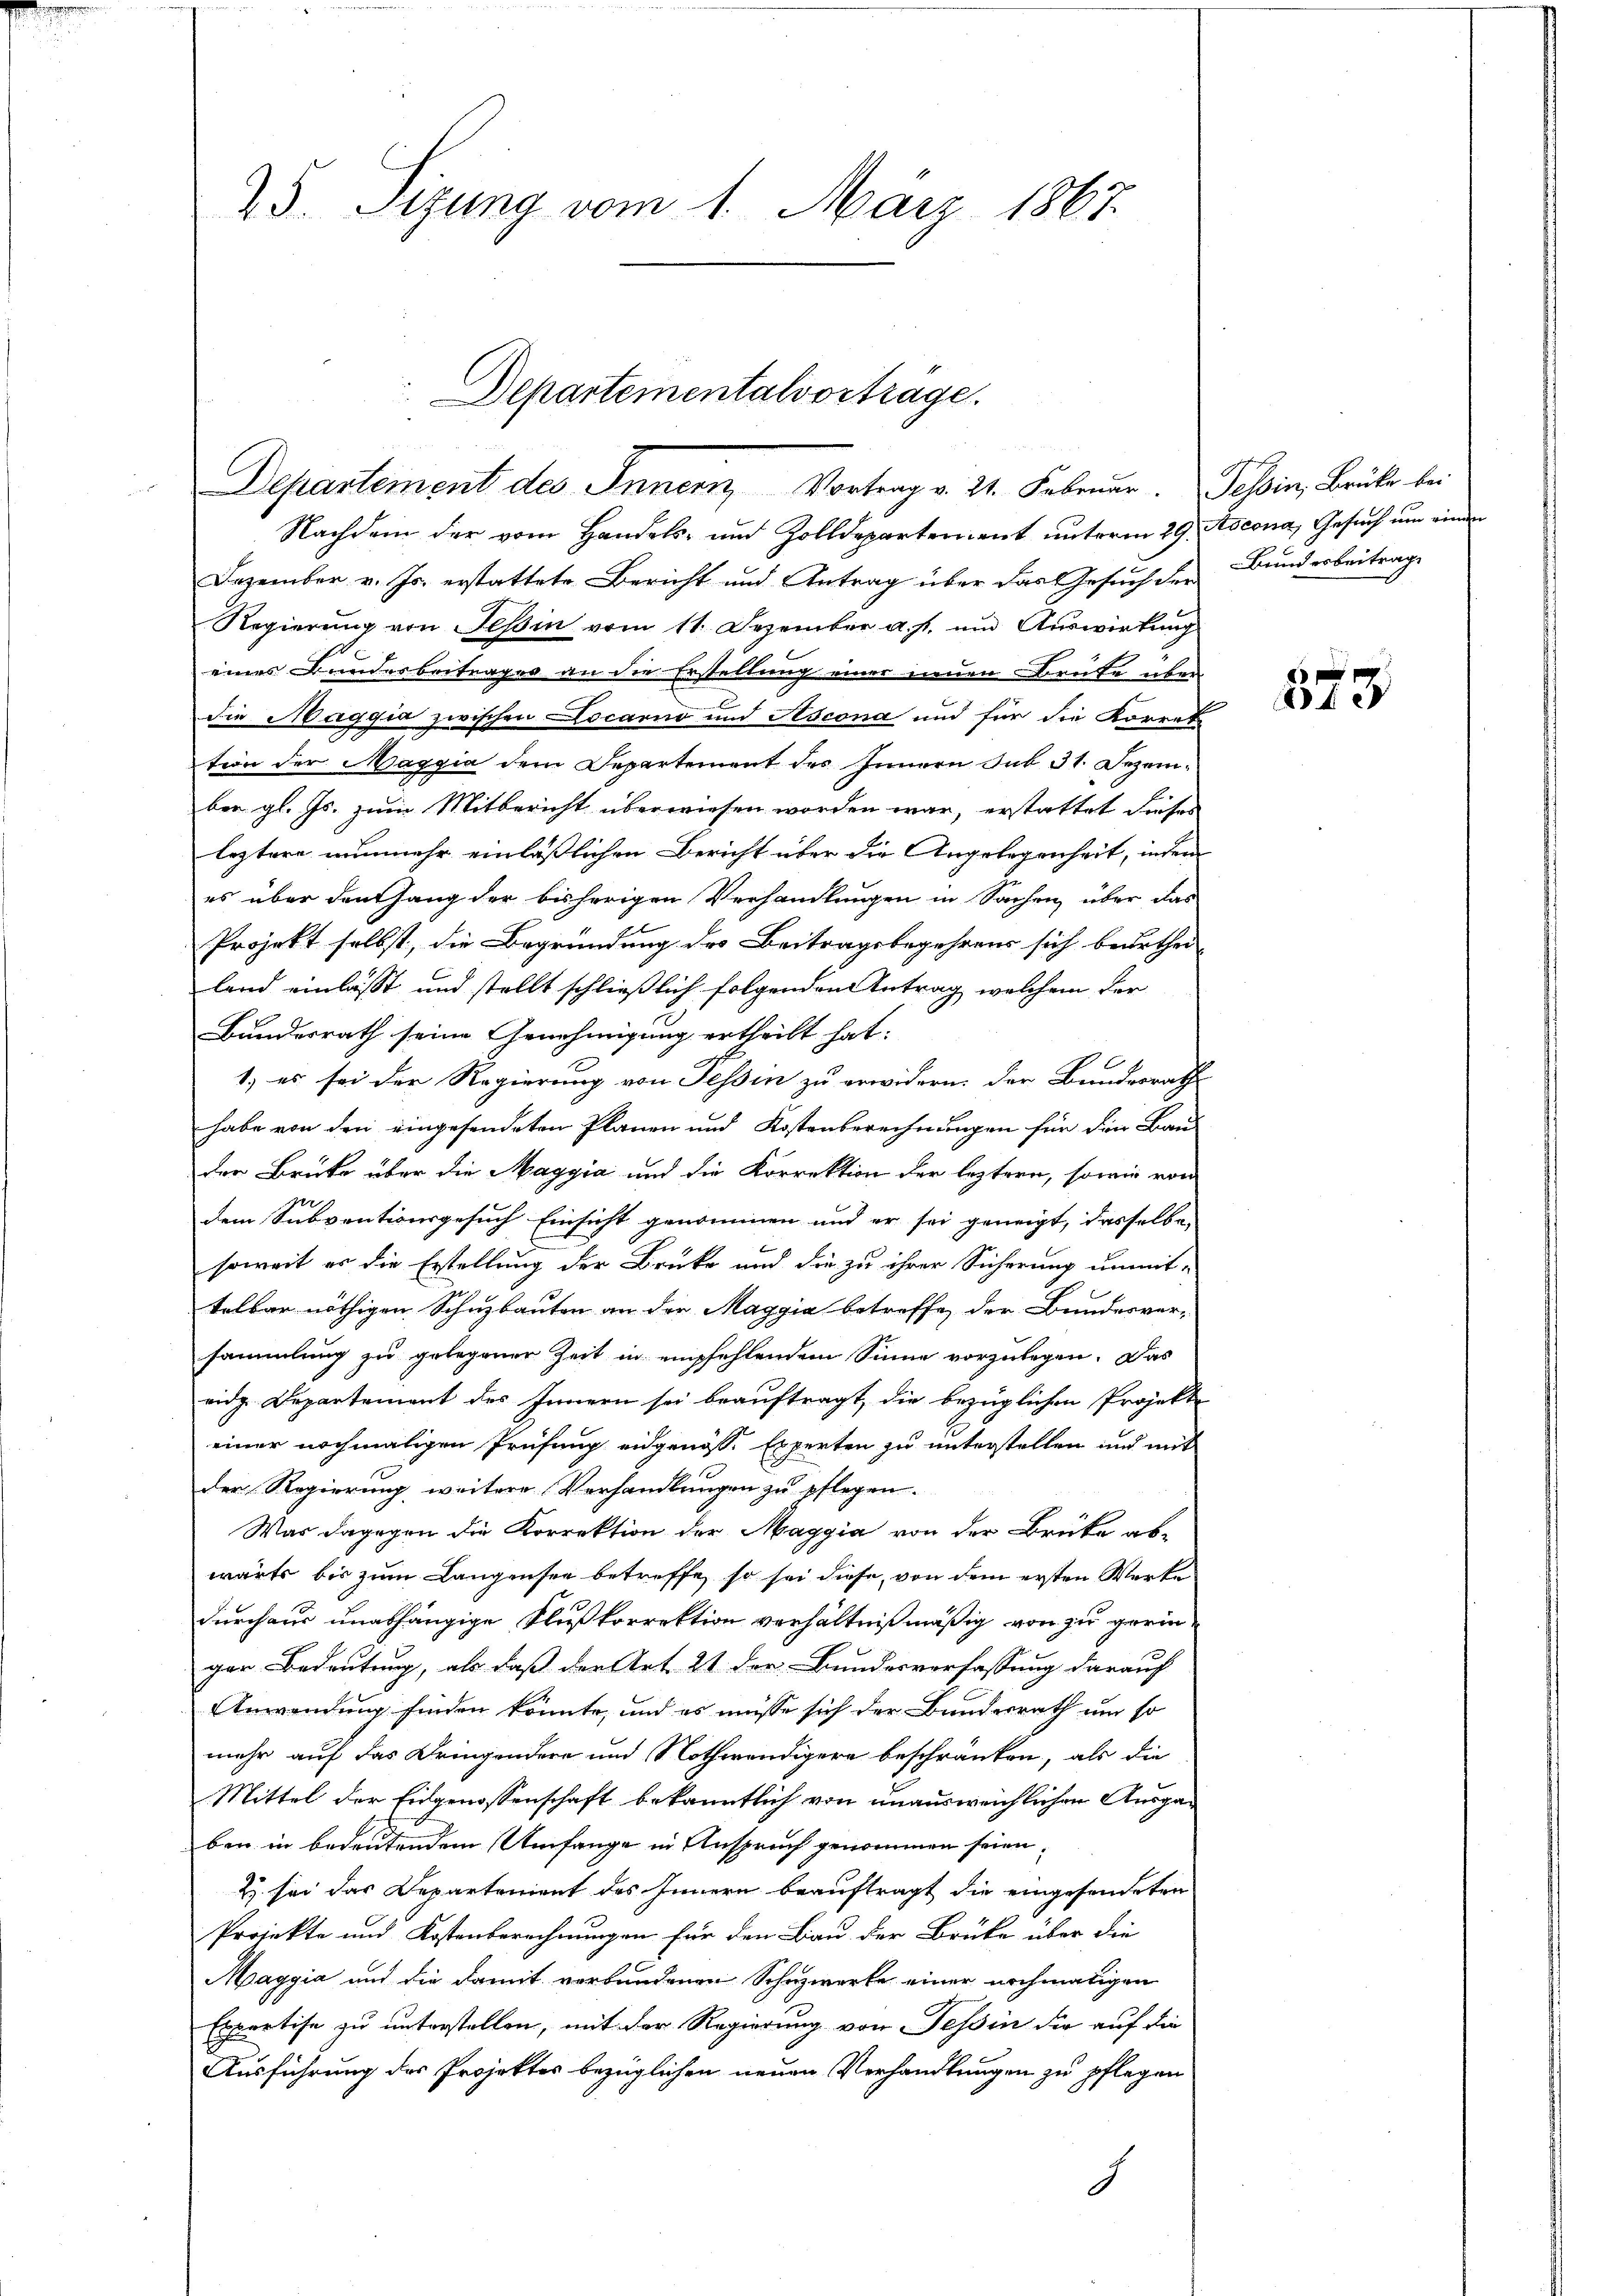
25. Sizung vom 1. März 1867.

Departementalvorträge.
Departement des Innern Vortrag v. 21. Februar. Tessin, Brüke bei

Nachdem der vom Handels- und Zolldepartement unterm 29. Ascona, Gesuch um einen
Dezember v. Js. erstattete Bericht und Antrag über das Gesuch der Bundesbeitrage
Regierung von Teßin vom 11. Dezember a. p. und Auswirkung
eines Bundesbeitrages an die Erstellung einer neuen Brute über
die Maggia zwischen Locarno und Ascona und für die Korres
tion der Maggia dem Departement des Innern sub 31. Dezember gl. Js. zum Mitbericht überwiesen worden war, erstattet dieses
leztere nunmehr einläßlichen Bericht über die Angelegenheit, indem
es über den Hang der bisherigen Verhandlungen in Sachen über das
Projekt selbst, die Begründung des Beitragsbegehrens sich beurthei
land einlässt und stellt schließlich folgenden Antrag, welchem der
Bundesrath seine Genehmigung ertheilt hat.
1.) es sei der Regierung von Tessin zu erwidern. Der Bundesrathe
habe von den eingesendeten Planen und Kostenberechnungen für den Bau-
der Brüke über die Maggia und die Korrektion der leztern, sowie von
10
dem Subventionsgesuch Einsicht genommen und er sei geneigt, dasselbe
soweit es die Erstellung der Brücke und die zu ihrer Sicherung unmit-
telbar nöthigen Schuzbauten an der Maggia betreffe, der Bundesver-
sammlung zu gelegener Zeit in empfehlendem Sinne vorzulegen. Das
eidg. Departement des Innern sei beauftragt, die bezüglichen Projekte
einer nochmaligen Prüfung angenosse Experten zu unterstellen und mit
der Regierung weitere Verhandlungen zu pflegen.
War dagegen die Korrektion der Maggia von der Brücke ab-
wärts bis zum Langensee betreffe, so sei diese von dem ersten Werke
durchaus unabhängige Flußkorrektion verhältnißmäßig von zu geringen Bedeutung, als daß der Art. 21 der Bundesverfassung darauf
Anwendung finden könnte, und es müsse sich der Bundesrath um so
mehr auf das Dringendere und Nothwendigere beschränken, als die
Mittel der Eidgenossenschaft bekanntlich von unausweichlichen Ausgaben in bedeutendem Umfange in Anspruch genommen seien.
Z. sei das Departement des Innern beauftragt die eingesendeten
Projekte und Kostenberechnungen für den Bau der Brüke über die
Maggia und die damit verbundenen Schuzwerke einer nochmaligen
Expertise zu unterstellen, mit der Regierung von Tessin der auf die
Ausführung des Projektes bezüglichen neuen Verhandlungen zu pflegen
J

xx
e